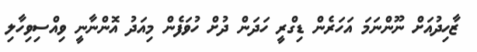
ޒާހިިދުއަށް ނޫންނަމަ އަަހަރެން ޑިގްރީ ހަދަން ދުށް ހުވަފެން މިއަދު އޮންނާނީ ވިއްސިވިހާލި